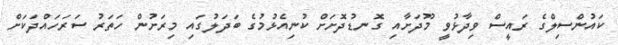
ކައުންސިލްގެ ރައީސް ވިދާޅުވީ މޫދަށާއި ގޮނޑުދޮށަށް ކުނިއެޅުމުގެ ބަދަލުގައި މިރަށުން ހަތަރު ސަރަހައްދަކަށް